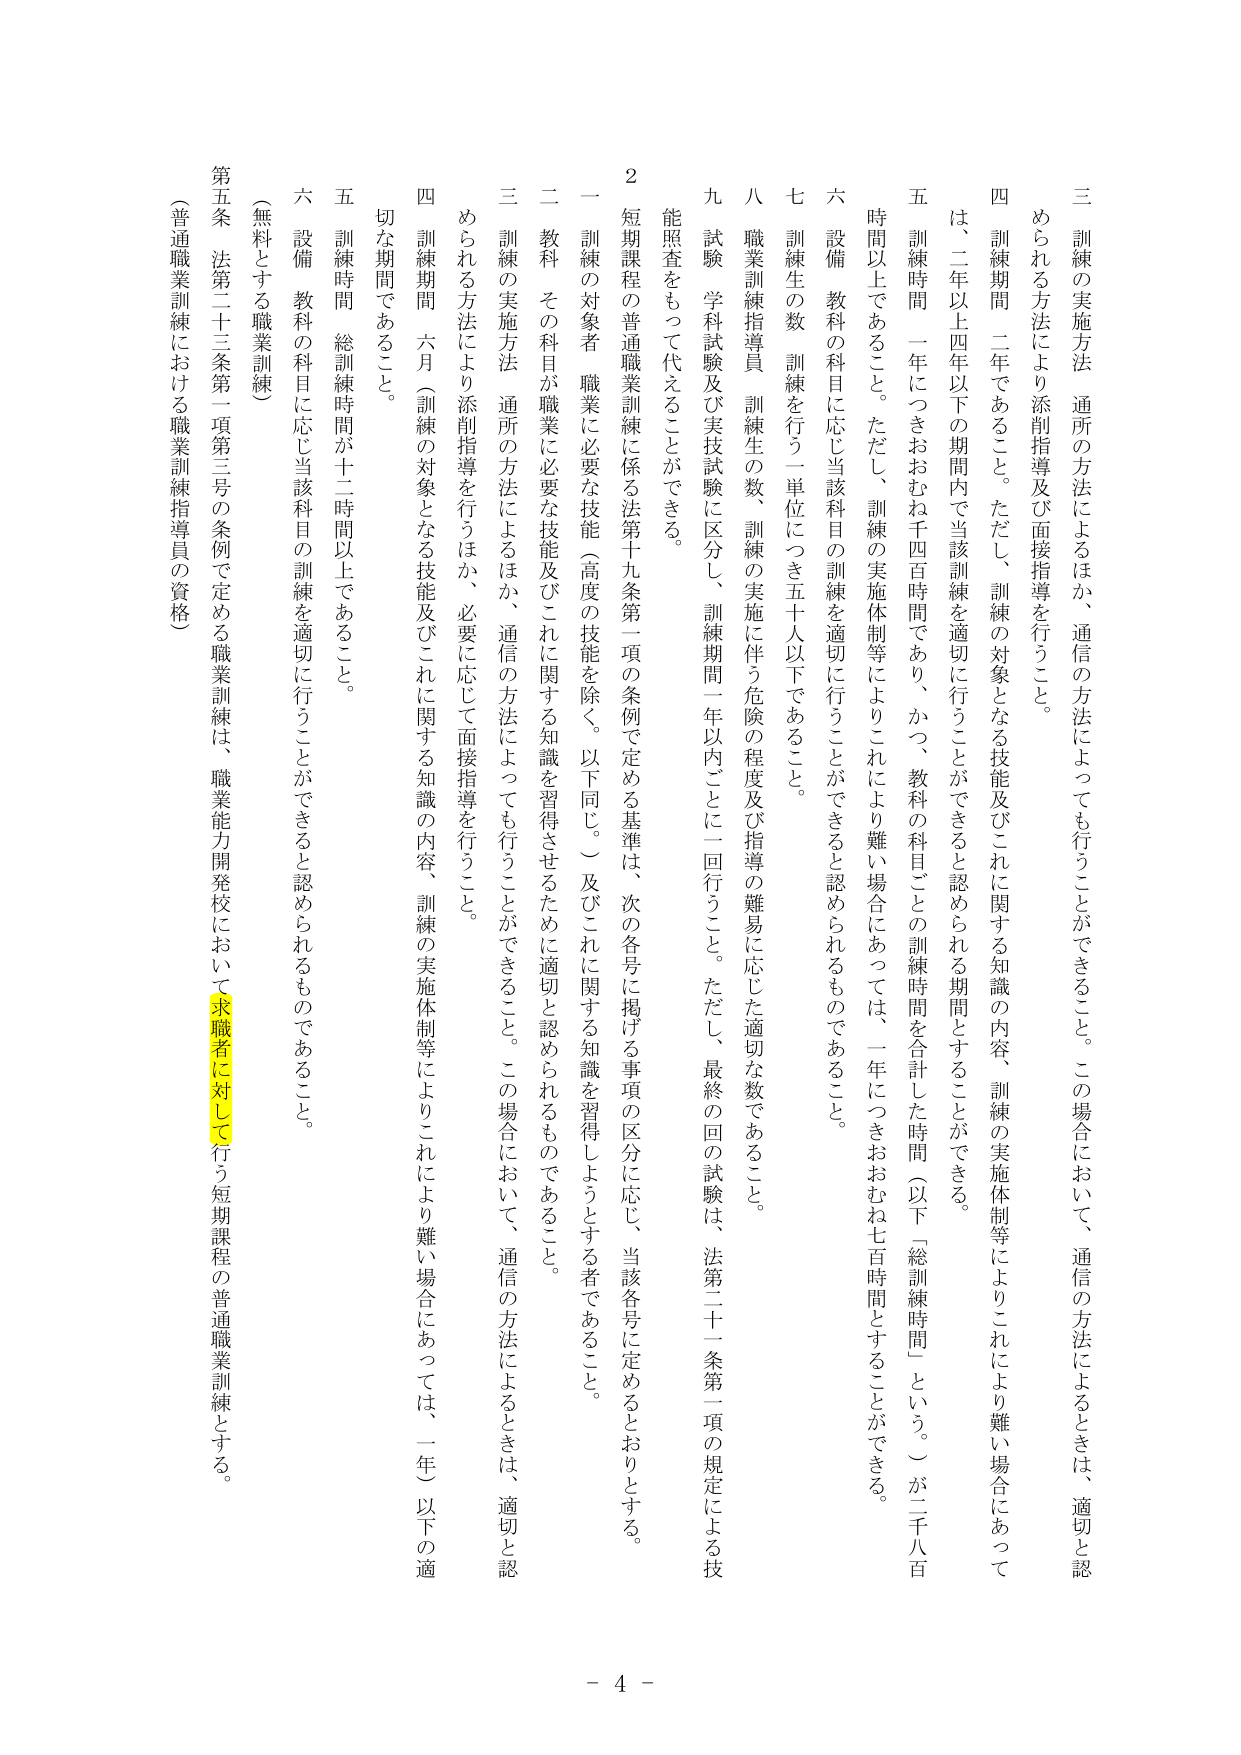
三 訓練の実施方法 通所の方法によるほか、通信の方法によっても行うことができる。この場合において、通信の方法によるときは、適切と認められる方法により添削指導及び面接指導を行うこと。

四 訓練期間 二年であること。ただし、訓練の対象となる技能及びこれに関する知識の内容、訓練の実施体制等によりこれにより難い場合にあっては、二年以上四年以下の期間内で当該訓練を適切に行うことができる。ただし、訓練の実施体制等によりこれにより難い場合にあっては、一年につきおおむね七百時間とすることができる。

五 訓練時間 一年につきおおむね千四百時間であり、かつ、教科の科目ごとの訓練時間を合計した時間（以下「総訓練時間」という。）が二千八百時間以上であること。ただし、訓練の実施体制等によりこれにより難い場合にあっては、一年につきおおむね七百時間とすることができる。

六 設備 教科の科目に応じ当該科目の訓練を適切に行うことができる。と認められるものであること。

七 訓練生の数 訓練を行う一単位につき五十人以下であること。

八 職業訓練指導員 訓練生の数、訓練の実施に伴う危険の程度及び指導の難易に応じた適切な数であること。

九 試験 学科試験及び実技試験に区分し、訓練期間一年以内ごとに一回行うこと。ただし、最終の回の試験は、法第二十一条第一項の規定による技能照査をもって代えることができる。

2 短期課程の普通職業訓練に係る法第十九条第一項の条例で定める基準は、次の各号に掲げる事項の区分に応じ、当該各号に定めるとおりとする。

一 訓練の対象者 職業に必要な技能（高度の技能を除く。以下同じ。）及びこれに関する知識を習得しようとする者であること。

二 教科 その科目が職業に必要な技能及びこれに関する知識を習得させるために適切と認められるものであること。

三 訓練の実施方法 通所の方法によるほか、通信の方法によっても行うことができる。この場合において、通信の方法によるときは、適切と認められる方法により添削指導を行うほか、必要に応じて面接指導を行うこと。

四 訓練期間 六月（訓練の対象となる技能及びこれに関する知識の内容、訓練の実施体制等によりこれにより難い場合にあっては、一年）以下の適切な期間であること。

五 訓練時間 総訓練時間が十二時間以上であること。

六 設備 教科の科目に応じ当該科目の訓練を適切に行うことができる。と認められるものであること。

（無料とする職業訓練）

第五条 法第二十三条第一項第三号の条例で定める職業訓練は、職業能力開発校において求職者に対して行う短期課程の普通職業訓練とする。

（普通職業訓練における職業訓練指導員の資格）

- 4 -